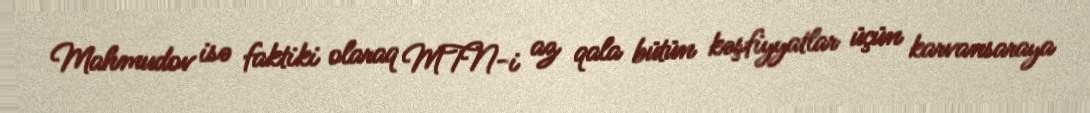
Mahmudov isə faktiki olaraq MTN-i az qala bütün kəşfiyyatlar üçün karvansaraya